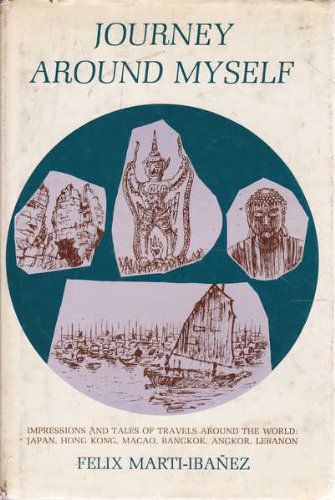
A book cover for Journey Around Myself. Impressions And Tales of Travels Around The World: Japan, Hong Kong, Macao, Bangkok, Angkor, Lebanon; Felix Marti-Ibanez; Travel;